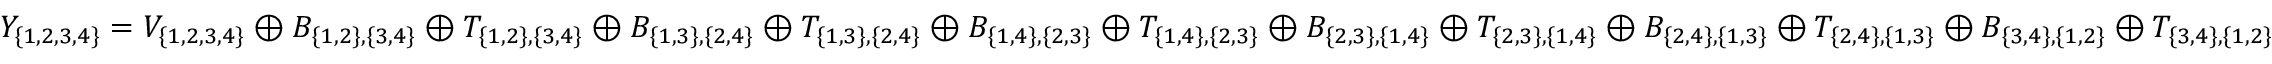
Y _ { \{ 1 , 2 , 3 , 4 \} } = V _ { \{ 1 , 2 , 3 , 4 \} } \oplus B _ { \{ 1 , 2 \} , \{ 3 , 4 \} } \oplus T _ { \{ 1 , 2 \} , \{ 3 , 4 \} } \oplus B _ { \{ 1 , 3 \} , \{ 2 , 4 \} } \oplus T _ { \{ 1 , 3 \} , \{ 2 , 4 \} } \oplus B _ { \{ 1 , 4 \} , \{ 2 , 3 \} } \oplus T _ { \{ 1 , 4 \} , \{ 2 , 3 \} } \oplus B _ { \{ 2 , 3 \} , \{ 1 , 4 \} } \oplus T _ { \{ 2 , 3 \} , \{ 1 , 4 \} } \oplus B _ { \{ 2 , 4 \} , \{ 1 , 3 \} } \oplus T _ { \{ 2 , 4 \} , \{ 1 , 3 \} } \oplus B _ { \{ 3 , 4 \} , \{ 1 , 2 \} } \oplus T _ { \{ 3 , 4 \} , \{ 1 , 2 \} }